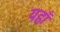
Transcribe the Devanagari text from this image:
यहा़ँ